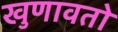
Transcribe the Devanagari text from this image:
खुणावतो